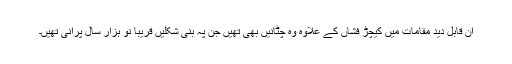
ان قابل دید مقامات میں کیچڑ فشاں کے علاوہ وہ چٹانیں بھی تھیں جن پہ بنی شکلیں قریبا نو ہزار سال پرانی تھیں۔